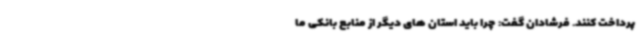
پرداخت کنند. فرشادان گفت: چرا باید استان های دیگر از منابع بانکی ما